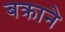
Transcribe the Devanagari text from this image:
बक्राने